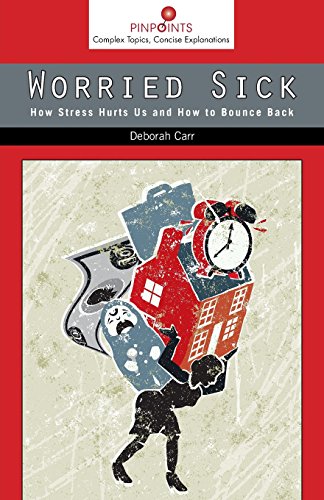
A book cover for Worried Sick: How Stress Hurts Us and How to Bounce Back (Pinpoints); Deborah Carr; Health, Fitness & Dieting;